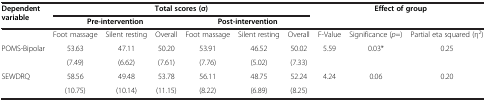
| Dependent variable | <COLSPAN=6> Total scores (σ) | <COLSPAN=3> Effect of group |
 |  | <COLSPAN=3> Pre-intervention | <COLSPAN=3> Post-intervention |  |  |  |
 | --- | --- | --- | --- | --- | --- | --- | --- | --- | --- |
 |  | Foot massage | Silent resting | Overall | Foot massage | Silent resting | Overall | F-Value | Significance (p=) | Partial eta squared (η2) |
 | POMS-Bipolar | 53.63 | 47.11 | 50.20 | 53.91 | 46.52 | 50.02 | 5.59 | 0.03* | 0.25 |
 |  | (7.49) | (6.62) | (7.61) | (7.76) | (5.02) | (7.33) |  |  |  |
 | SEWDRQ | 58.56 | 49.48 | 53.78 | 56.11 | 48.75 | 52.24 | 4.24 | 0.06 | 0.20 |
 |  | (10.75) | (10.14) | (11.15) | (8.22) | (6.89) | (8.25) |  |  |  |